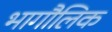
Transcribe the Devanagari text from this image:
भागौलिक